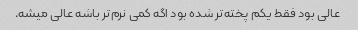
عالی بود فقط یکم پخته‌تر شده بود اگه کمی نرم‌تر باشه عالی میشه.